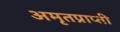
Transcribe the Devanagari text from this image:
अमृतप्राप्ती